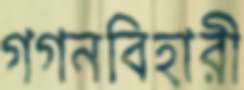
গগনবিহারী